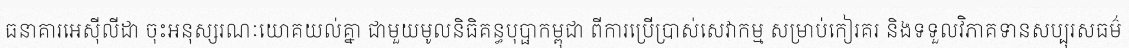
ធនាគារអេស៊ីលីដា ចុះអនុស្សរណៈយោគយល់គ្នា ជាមួយមូលនិធិគន្ធបុប្ផាកម្ពុជា ពីការប្រើប្រាស់សេវាកម្ម សម្រាប់កៀរគរ និងទទួលវិភាគទានសប្បុរសធម៌